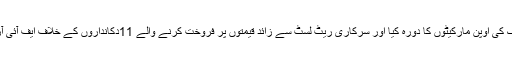
26 اپریل2018ء) چیئرمین پرائس کنٹرول کمیٹی میاں عثمان نے صارفین کی شکایات پر گلبرگ کی اوپن مارکیٹوں کا دورہ کیا اور سرکاری ریٹ لسٹ سے زائد قیمتوں پر فروخت کرنے والے 11دکانداروں کے خلاف ایف آئی آر کا اندراج ،تین کو بھاری جرمانے جبکہ آٹھ گراں فروشوں کو وارننگ نوٹس جاری کئے گئے ۔